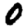
Digit: 0